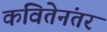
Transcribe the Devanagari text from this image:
कवितेनंतर